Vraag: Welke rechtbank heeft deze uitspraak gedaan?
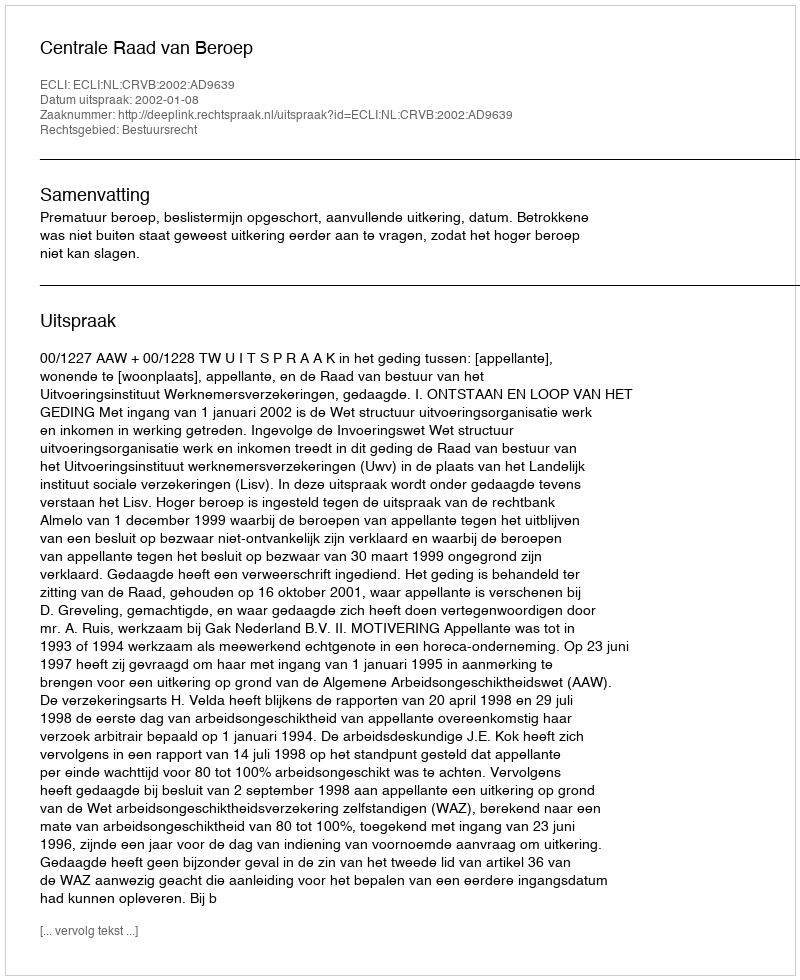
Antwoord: Centrale Raad van Beroep